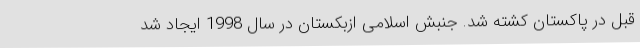
قبل در پاکستان کشته شد. جنبش اسلامی ازبکستان در سال 1998 ایجاد شد